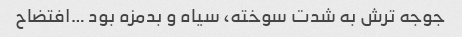
جوجه ترش به شدت سوخته، سیاه و بدمزه بود …افتضاح